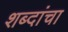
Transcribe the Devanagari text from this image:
शब्‍दांचा